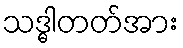
သဒ္ဓါတတ်အား